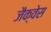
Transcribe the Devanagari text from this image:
जैक्वेस